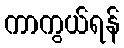
ကာကွယ်ရန်